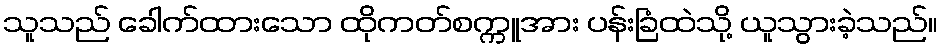
သူသည် ခေါက်ထားသော ထိုကတ်စက္ကူအား ပန်းခြံထဲသို့ ယူသွားခဲ့သည်။